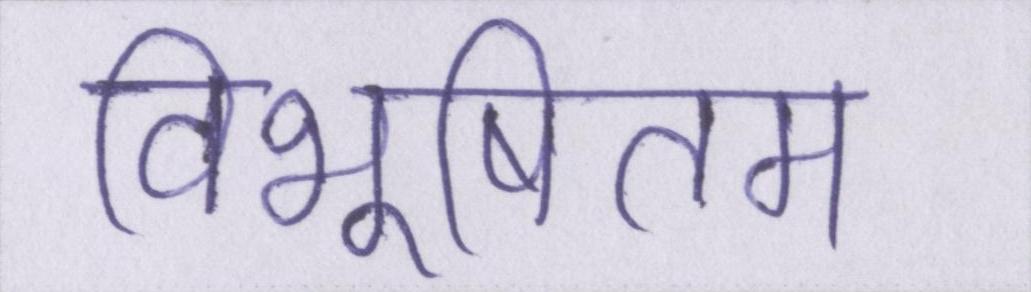
विभूषितम